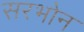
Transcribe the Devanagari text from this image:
सरभोन